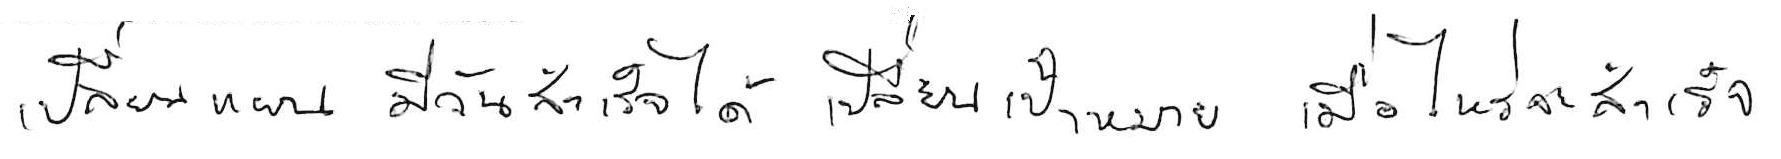
เปลี่ยนแผน มีวันสำเร็จได้ เปลี่ยนเป้าหมาย เมื่อไหร่จะสำเร็จ